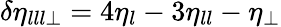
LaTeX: \delta\eta_{lll\perp}=4\eta_{l}-3\eta_{ll}-\eta_{\perp}